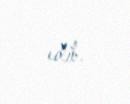
edib.